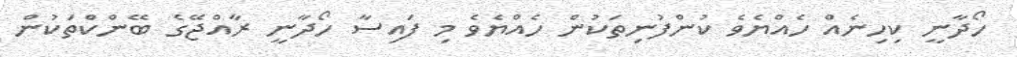
ހޯދާނީ ކިހިނެއް ހެއްޔެވެ ކުންފުނިތަކުން ހެއްޔެވެ މި ފައިސާ ހޯދާނީ ރާއްޖޭގެ ބޭންކްތަކުން